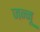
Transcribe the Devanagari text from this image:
जन्नू